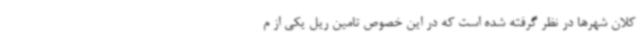
کلان شهرها در نظر گرفته شده است که در این خصوص تامین ریل یکی از م